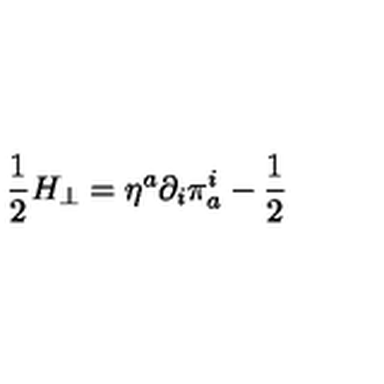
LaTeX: \frac { 1 } { 2 } H _ { \perp } = \eta ^ { a } \partial _ { i } \pi _ { a } ^ { i } - \frac { 1 } { 2 }